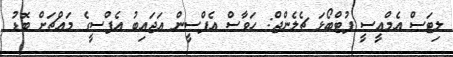
ލިޓަސް އެމްއީސީ ފުޓްބޯޅަ ޗެލެންޖް: ހަވާސް އެފްސީން އަޖައިބު އެފްސީގެ މައްޗަށް ބޮޑު